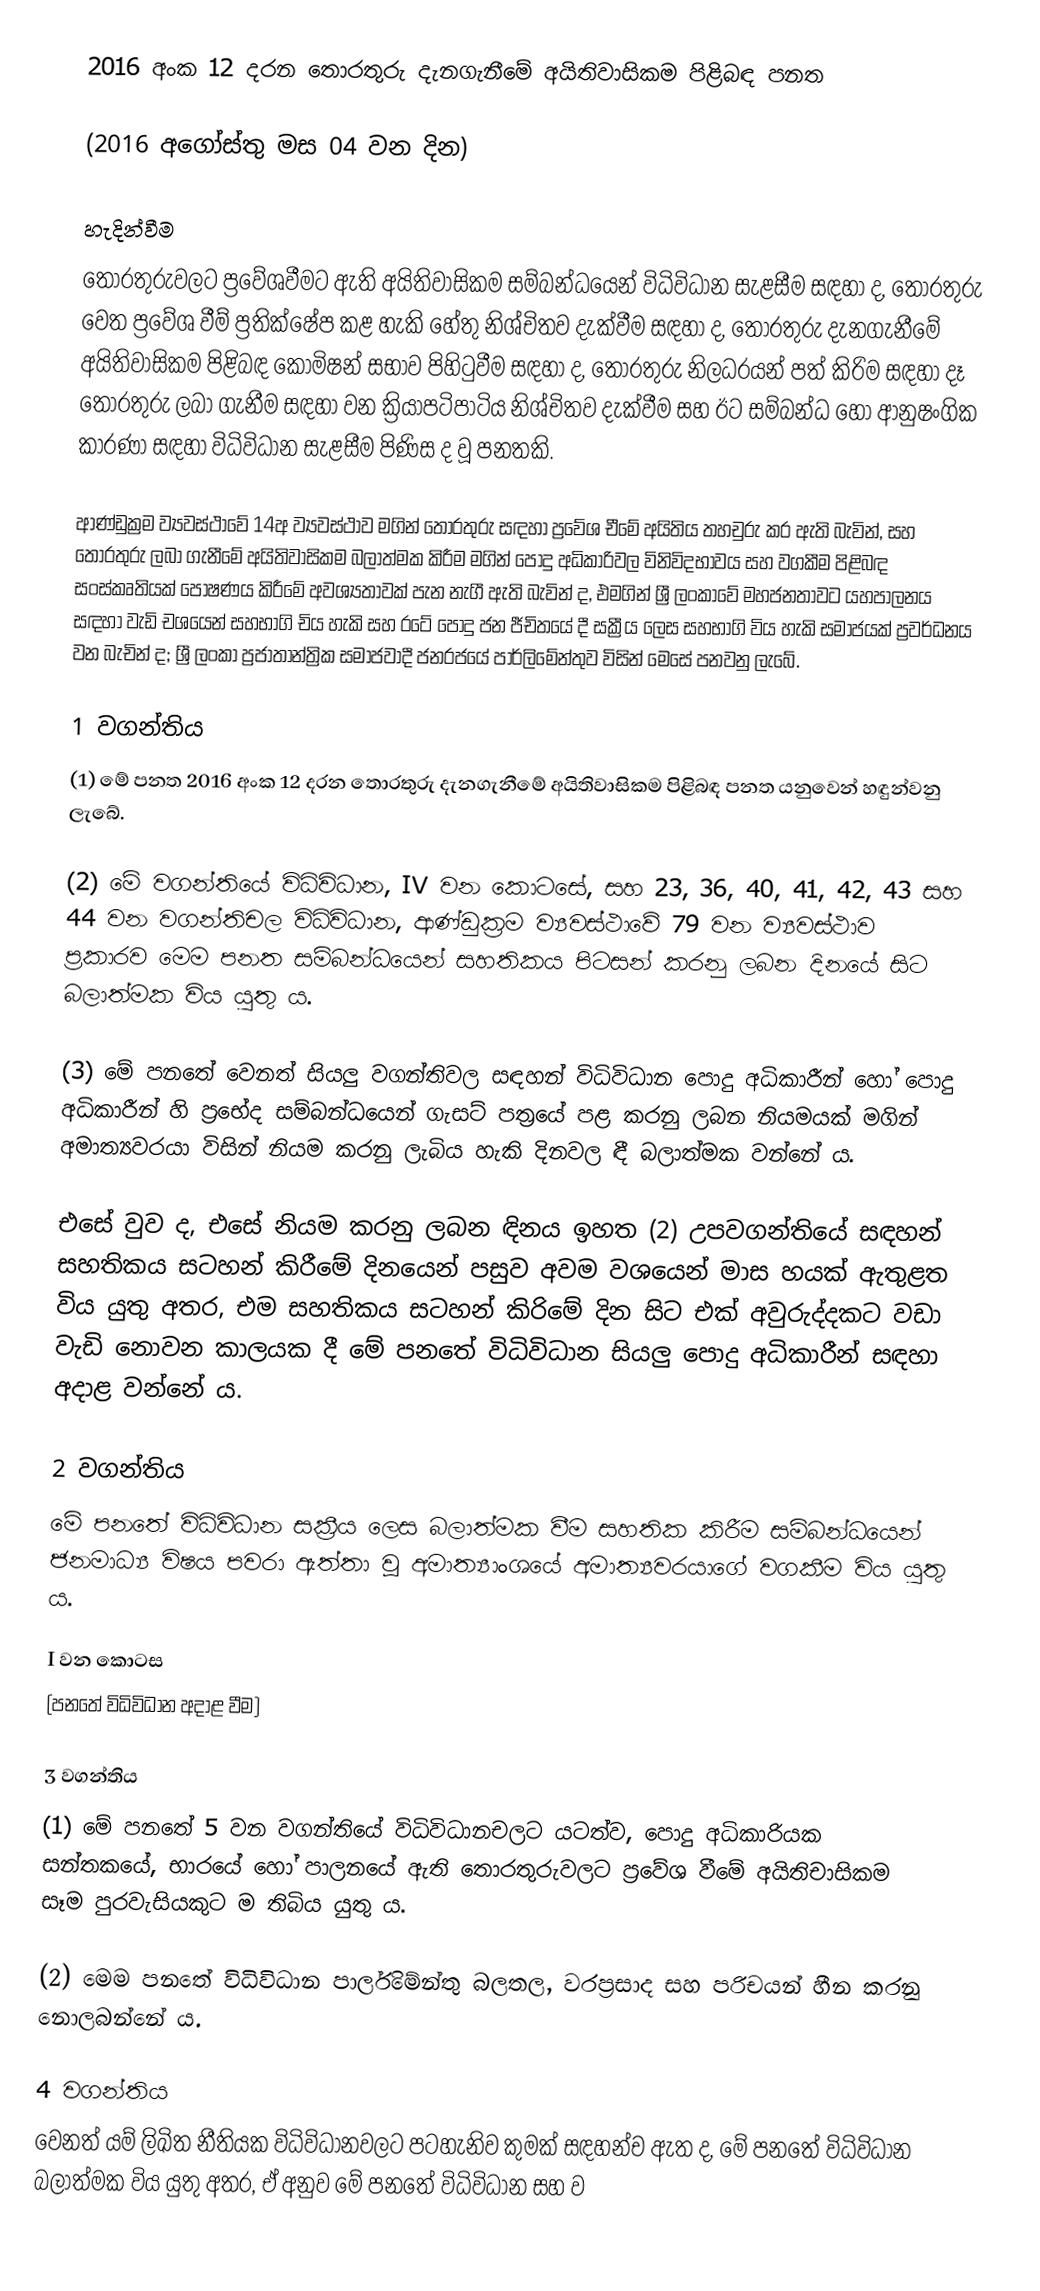
2016 අංක 12 දරන තොරතුරු දැනගැනීමේ අයිතිවාසිකම පිළිබඳ පනත

(2016 අගෝස්තු මස 04 වන දින)

හැදින්වීම
තොරතුරුවලට ප්‍රවේශවීමට ඇති අයිතිවාසිකම සම්බන්ධයෙන්‌ විධිවිධාන සැළසීම සඳහා ද, තොරතුරු වෙත ප්‍රවේශ වීම් ප්‍රතික්ෂේප කළ හැකි හේතු නිශ්චිතව දැක්වීම සඳහා ද, තොරතුරු දැනගැනීමේ අයිතිවාසිකම පිළිබඳ කොමිෂන්‌ සභාව පිහිටුවීම සඳහා ද, තොරතුරු නිලධරයන්‌ පත්‌ කිරිම සඳහා දෑ තොරතුරු ලබා ගැනීම සඳහා වන ක්‍රියාපටිපාටිය නිශ්චිතව දැක්වීම සහ ඊට සම්බන්ධ හෝ ආනුෂංගික කාරණා සඳහා විධිවිධාන සැළසීම පිණිස ද වූ පනතකි.

ආණ්ඩුක්‍රම ව්‍යවස්ථාවේ 14අ ව්‍යවස්ථාව මගින්‌ තොරතුරු සඳහා ප්‍රවේශ චීමේ අයිතිය තහචුරු කර ඇති බැවින්‌, සහ තොරතුරු ලබා ගැනීමේ අයිතිවාසිකම බලාත්මක කිරීම මගින්‌ පොදු අධිකාරිවල විනිවිදභාවය සහ වගකීම පිළිබඳ සංස්කෘතියක්‌ පෝෂණය කිරීමේ අවශ්‍යතාවක්‌ පැන නැගී ඇති බැවින්‌ ද, එමගින්‌ ශ්‍රී ලංකාවේ මහජනතාවට යහපාලනය සඳහා වැඩි චශයෙන්‌ සහභාගි චිය හැකි සහ රටේ පොදු ජන ජීචිතයේ දී සක්‍රීය ලෙස සහභාගි විය හැකි සමාජයක්‌ ප්‍රවර්ධනය වන බැචින්‌ ද; ශ්‍රී ලංකා ප්‍රජාතාන්ත්‍රික සමාජවාදී ජනරජයේ පාර්ලිමේන්තුව විසින්‌ මෙසේ පනවනු ලැබේ.

1 වගන්තිය
(1) මේ පනත 2016 අංක 12 දරන තොරතුරු දැනගැනීමේ අයිතිවාසිකම පිළිබඳ පනත යනුවෙන්‌ හඳුන්වනු ලැබේ.

(2) මේ වගන්තියේ විධිවිධාන, IV වන කොටසේ, සහ 23, 36, 40, 41, 42, 43 සහ 44 වන වගන්තිචල විධිවිධාන, ආණ්ඩුක්‍රම ව්‍යවස්ථාවේ 79 වන ව්‍යවස්ථාව ප්‍රකාරව මෙම පනත සම්බන්ධයෙන්‌ සහතිකය පිටසන්‌ කරනු ලබන දිනයේ සිට බලාත්මක විය යුතු ය.

(3) මේ පනතේ වෙනත්‌ සියලු වගන්තිවල සඳහන්‌ විධිවිධාන පොදු අධිකාරීන්‌ හෝ පොදු අධිකාරීන්‌ හි ප්‍රභේද සම්බන්ධයෙන්‌ ගැසට්‌ පත්‍රයේ පළ කරනු ලබන නියමයක්‌ මගින්‌ අමාත්‍යවරයා විසින් නියම කරනු ලැබිය හැකි දිනවල ඳී බලාත්මක වන්නේ ය.

එසේ වුව ද, එසේ නියම කරනු ලබන ඳිනය ඉහත (2) උපවගන්තියේ සඳහන්‌ සහතිකය සටහන්‌ කිරීමේ දිනයෙන්‌ පසුව අවම වශයෙන්‌ මාස හයක්‌ ඇතුළත විය යුතු අතර, එම සහතිකය සටහන්‌ කිරිමේ දින සිට එක්‌ අවුරුද්දකට වඩා වැඩි නොවන කාලයක දී මේ පනතේ විධිවිධාන සියලු පොදු අධිකාරීන්‌ සඳහා අදාළ වන්නේ ය.

2 වගන්තිය
මේ පනතේ විධිවිධාන සක්‍රීය ලෙස බලාත්මක වීම සහතික කිරීම සම්බන්ධයෙන්‌ ජනමාධ්‍ය විෂය පවරා ඇත්තා වූ අමාත්‍යාංශයේ අමාත්‍යවරයාගේ වගකීම විය යුතු ය.

I වන කොටස
(පනතේ විධිවිධාන අදාළ වීම)

3 වගන්තිය
(1) මේ පනතේ 5 වන වගන්තියේ විධිවිධානචලට යටත්ව, පොදු අධිකාරියක සන්තකයේ, භාරයේ හෝ පාලනයේ ඇති තොරතුරුවලට ප්‍රවේශ වීමේ අයිතිචාසිකම සෑම පුරවැසියකුට ම තිබිය යුතු ය.

(2) මෙම පනතේ විධිවිධාන පාර්ලිමේන්තු බලතල, වරප්‍රසාද සහ පරිචයන්‌ හීන කරනු නොලබන්නේ ය.

4 වගන්තිය
වෙනත්‌ යම්‌ ලිඛිත නීතියක විධිවිධානවලට පටහැනිව කුමක්‌ සඳහන්ච ඇත ද, මේ පනතේ විධිවිධාන බලාත්මක විය යුතු අතර, ඒ අනුව මේ පනතේ විධිවිධාන සහ ව